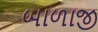
બાળાજી